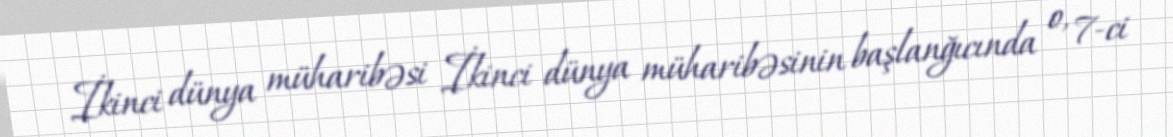
İkinci dünya müharibəsi İkinci dünya müharibəsinin başlanğıcında o, 7-ci